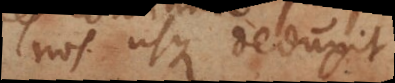
nos usque deduxit.